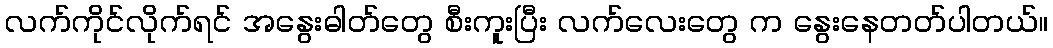
လက်ကိုင်လိုက်ရင် အနွေးဓါတ်တွေ စီးကူးပြီး လက်လေးတွေ က နွေးနေတတ်ပါတယ်။